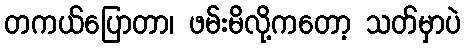
တကယ်ပြောတာ၊ ဖမ်းမိလို့ကတော့ သတ်မှာပဲ